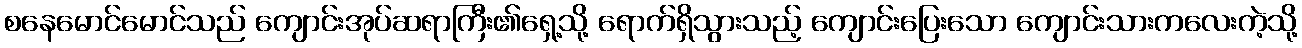
စနေမောင်မောင်သည် ကျောင်းအုပ်ဆရာကြီး၏ရှေ့သို့ ရောက်ရှိသွားသည့် ကျောင်းပြေးသော ကျောင်းသားကလေးကဲ့သို့